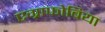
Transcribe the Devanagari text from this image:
एग्राफोबिया